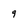
Character: 9